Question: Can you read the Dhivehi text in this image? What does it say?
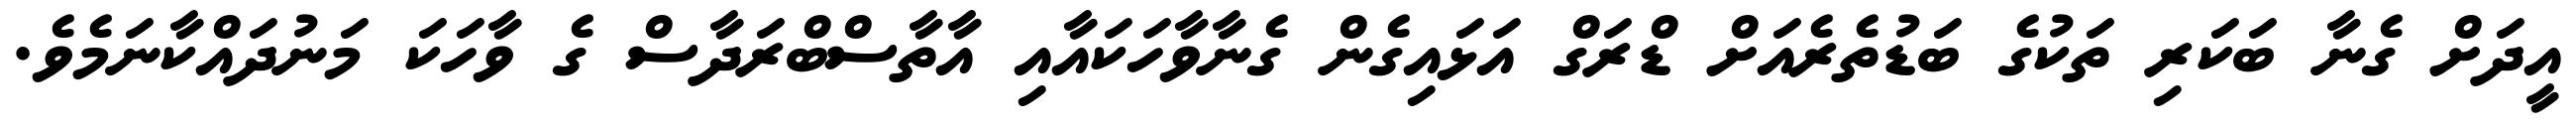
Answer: އީދަށް ގެނާ ބަކަރި ތަކުގެ ބަޑުތެރެއަށް ޑްރަގް އަޅައިގެން ގެނާވާހަކައާއި އާތާސްބްރަދާސް ގެ ވާހަކަ މަނުދައްކާނަމެވެ.